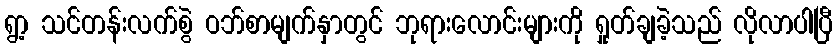
ရွာ့ သင်တန်းလက်စွဲ ဝဘ်စာမျက်နှာတွင် ဘုရားလောင်းများကို ရှုတ်ချခဲ့သည် လိုလာပါပြီ